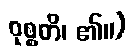
ဝုစ္စတိ၊ ၏။)